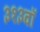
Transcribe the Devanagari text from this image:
३१३वॉ